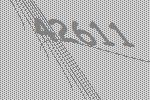
42611